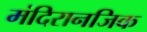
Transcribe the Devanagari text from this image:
मंदिरानजिक